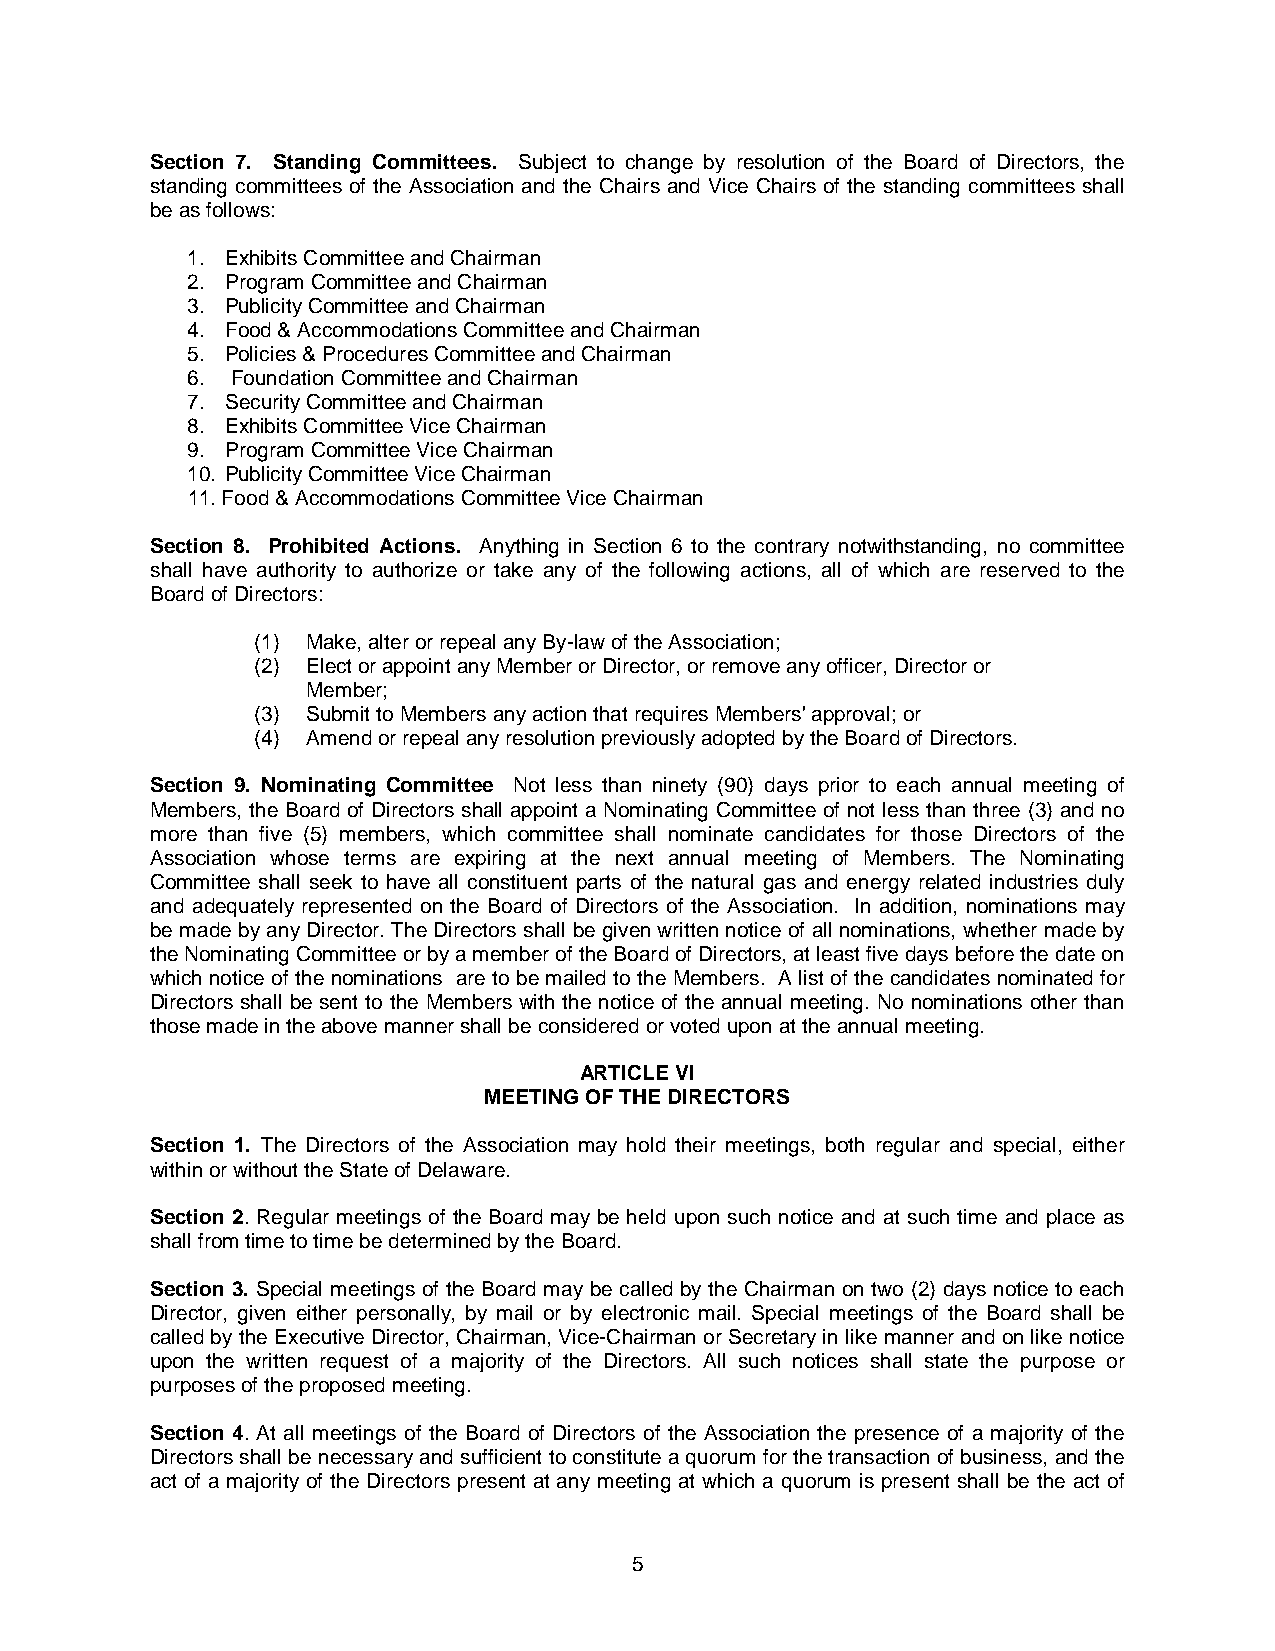
Section 7. Standing Committees. Subject to change by resolution of the Board of Directors, the
 standing committees of the Association and the Chairs and Vice Chairs of the standing committees shall
 be as follows:
 1. Exhibits Committee and Chairman
 2. Program Committee and Chairman
 3. Publicity Committee and Chairman
 4. Food & Accommodations Committee and Chairman
 5. Policies & Procedures Committee and Chairman
 6. Foundation Committee and Chairman
 7. Security Committee and Chairman
 8. Exhibits Committee Vice Chairman
 9. Program Committee Vice Chairman
 10. Publicity Committee Vice Chairman
 11. Food & Accommodations Committee Vice Chairman
 Section 8. Prohibited Actions. Anything in Section 6 to the contrary notwithstanding, no committee
 shall have authority to authorize or take any of the following actions, all of which are reserved to the
 Board of Directors:
 (1) Make, alter or repeal any By-law of the Association;
 (2) Elect or appoint any Member or Director, or remove any officer, Director or
 Member;
 (3) Submit to Members any action that requires Members' approval; or
 (4) Amend or repeal any resolution previously adopted by the Board of Directors.
 Section 9. Nominating Committee Not less than ninety (90) days prior to each annual meeting of
 Members, the Board of Directors shall appoint a Nominating Committee of not less than three (3) and no
 more than five (5) members, which committee shall nominate candidates for those Directors of the
 Association whose terms are expiring at the next annual meeting of Members. The Nominating
 Committee shall seek to have all constituent parts of the natural gas and energy related industries duly
 and adequately represented on the Board of Directors of the Association. In addition, nominations may
 be made by any Director. The Directors shall be given written notice of all nominations, whether made by
 the Nominating Committee or by a member of the Board of Directors, at least five days before the date on
 which notice of the nominations are to be mailed to the Members. A list of the candidates nominated for
 Directors shall be sent to the Members with the notice of the annual meeting. No nominations other than
 those made in the above manner shall be considered or voted upon at the annual meeting.
 ARTICLE VI
 MEETING OF THE DIRECTORS
 Section 1. The Directors of the Association may hold their meetings, both regular and special, either
 within or without the State of Delaware.
 Section 2. Regular meetings of the Board may be held upon such notice and at such time and place as
 shall from time to time be determined by the Board.
 Section 3. Special meetings of the Board may be called by the Chairman on two (2) days notice to each
 Director, given either personally, by mail or by electronic mail. Special meetings of the Board shall be
 called by the Executive Director, Chairman, Vice-Chairman or Secretary in like manner and on like notice
 upon the written request of a majority of the Directors. All such notices shall state the purpose or
 purposes of the proposed meeting.
 Section 4. At all meetings of the Board of Directors of the Association the presence of a majority of the
 Directors shall be necessary and sufficient to constitute a quorum for the transaction of business, and the
 act of a majority of the Directors present at any meeting at which a quorum is present shall be the act of
 5